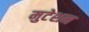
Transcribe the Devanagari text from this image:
मुटेशन